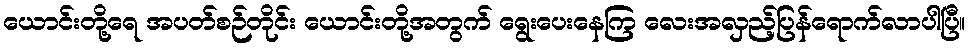
ယောင်းတို့ရေ အပတ်စဉ်တိုင်း ယောင်းတို့အတွက် ရွေးပေးနေကြ လေးအလှည့်ပြန်ရောက်လာပါပြီ။